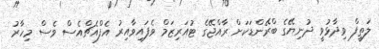
ލަތީފް ވިދާޅުވީ ދުނިޔޭގެ ބްރޭންޑަކަށް ރާއްޖޭގެ ޓުއަރިޒަމް ވެފައިވާއިރު އެފްއެޗްއެސް ވެސް މިހާރު